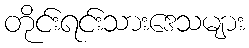
တိုင်းရင်းသားဒေသများ